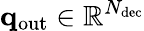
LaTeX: \mathbf{q}_{\mathrm{out}}\in\mathbb{R}^{N_{\mathrm{dec}}}